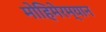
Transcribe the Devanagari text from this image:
मोहिमेरम्यान